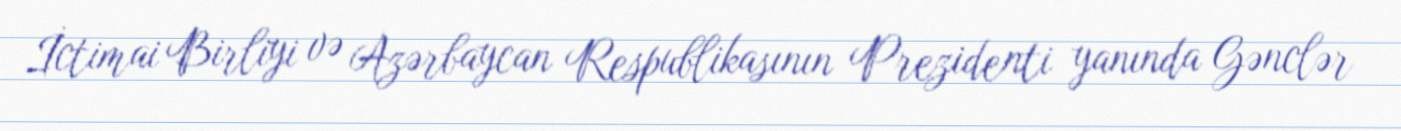
İctimai Birliyi və Azərbaycan Respublikasının Prezidenti yanında Gənclər